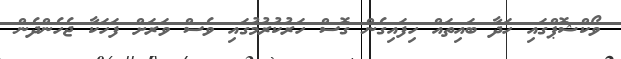
ވޯކްޝޮޕްގައި ހަދާ ބައިތައް ހިފައިގެން ގޮސް ހަރުކުރުމުގައި ވެސް ވަރަށް ފަހަކާ ޖެހެންދެން